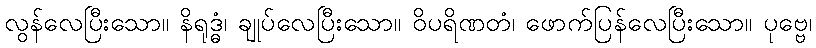
လွန်လေပြီးသော။ နိရုဒ္ဓံ၊ ချုပ်လေပြီးသော။ ဝိပရိဏတံ၊ ဖောက်ပြန်လေပြီးသော။ ပုဗ္ဗေ၊